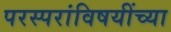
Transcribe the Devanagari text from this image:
परस्परांविषयींच्या